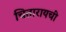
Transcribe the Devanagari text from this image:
चितारायची